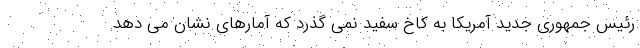
رئیس جمهوری جدید آمریکا به کاخ سفید نمی گذرد که آمارهای نشان می دهد